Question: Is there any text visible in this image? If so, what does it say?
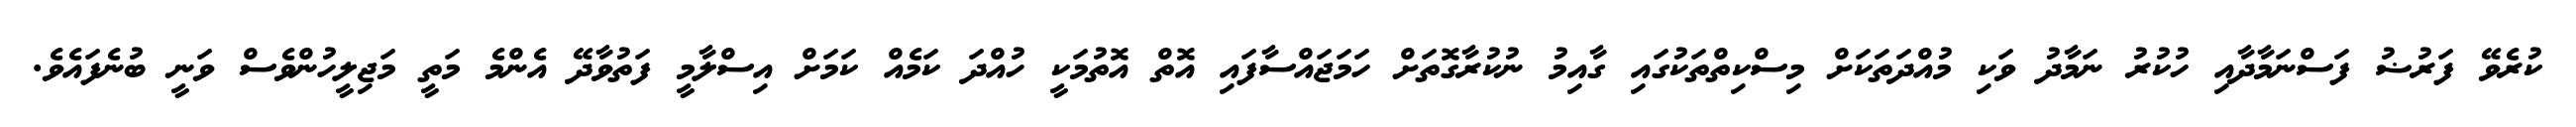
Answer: ކުރެވޭ ފަރުޟު ފަސްނަމާދާއި ހުކުރު ނަމާދު ވަކި މުއްދަތަކަށް މިސްކިތްތަކުގައި ގާއިމު ނުކުރާގޮތަށް ހަމަޖައްސާފައި އޮތް އޮތުމަކީ ހުއްދަ ކަމެއް ކަމަށް އިސްލާމީ ފަތުވާދޭ އެންމެ މަތީ މަޖިލީހުންވެސް ވަނީ ބުނެފައެވެ.